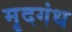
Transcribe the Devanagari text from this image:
मृदगंध